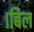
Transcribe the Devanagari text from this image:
।बिल